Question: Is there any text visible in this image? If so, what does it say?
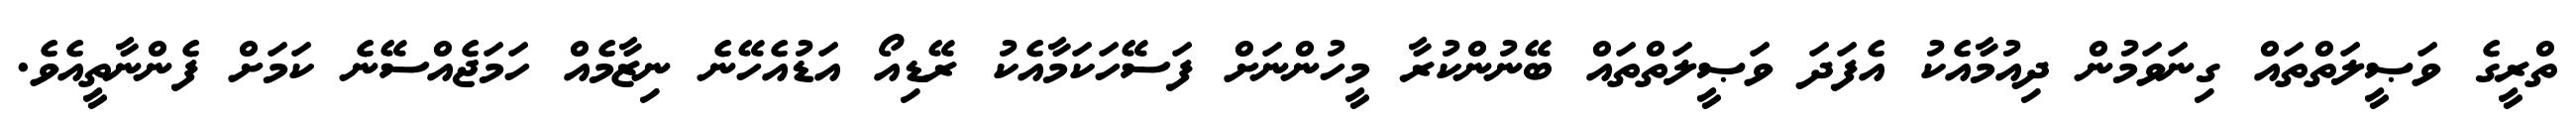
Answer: ތްރީގެ ވަޞީލަތްތައް ގިނަވަމުން ދިއުމާއެކު އެފަދަ ވަޞީލަތްތައް ބޭނުންކުރާ މީހުންނަށް ފަސޭހަކަމާއެކު ރޭޑިއޯ އަޑުއެހޭނެ ނިޒާމެއް ހަމަޖެއްސޭނެ ކަމަށް ފެންނާތީއެވެ.